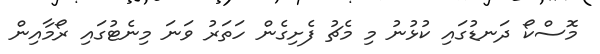
މޮސްކޯ ދަނޑުގައި ކުޅުނު މި މެޗު ފެށިގެން ހަތަރު ވަނަ މިނެޓުގައި ރޯމާއިން